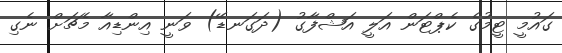
ގައުމީ ޓީމުގެ ކެޕްޓަން އަލީ އަޝްފާގު (ދަގަނޑޭ) ވަނީ އިންޑިއާ މެޗަށް ނެގި